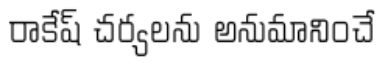
రాకేష్ చర్యలను అనుమానించే